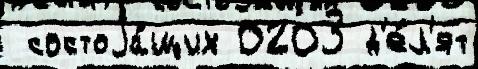
 состоjа́щих 0203 д'е́л'ят